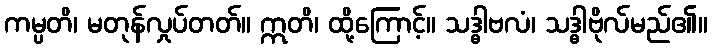
ကမ္ပတိ၊ မတုန်လှုပ်တတ်။ ဣတိ၊ ထို့ကြောင့်။ သဒ္ဓါဗလံ၊ သဒ္ဓါဗိုလ်မည်၏။